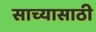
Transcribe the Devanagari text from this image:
साच्यासाठी